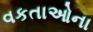
વકતાઓના